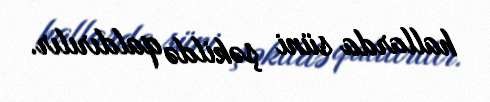
hallarda süni şəkildə qaldırılır.